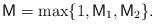
LaTeX: \begin{align*} \mathsf{M} = \max\{1, \mathsf{M}_1, \mathsf{M}_2 \}. \end{align*}